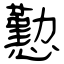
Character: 懃